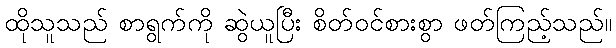
ထိုသူသည် စာရွက်ကို ဆွဲယူပြီး စိတ်ဝင်စားစွာ ဖတ်ကြည့်သည်။